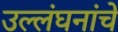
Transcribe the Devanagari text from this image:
उल्लंघनांचे